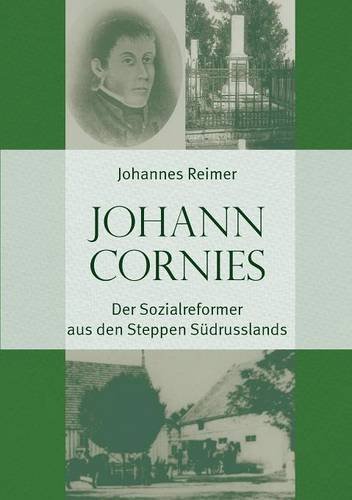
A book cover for Johann Cornies: Der Sozialreformer aus den Steppen SÃ¼drusslands (German Edition); Johannes Reimer; Christian Books & Bibles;